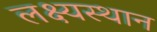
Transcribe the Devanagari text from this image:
लक्ष्यस्थान